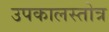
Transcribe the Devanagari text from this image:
उपकालस्तोत्र